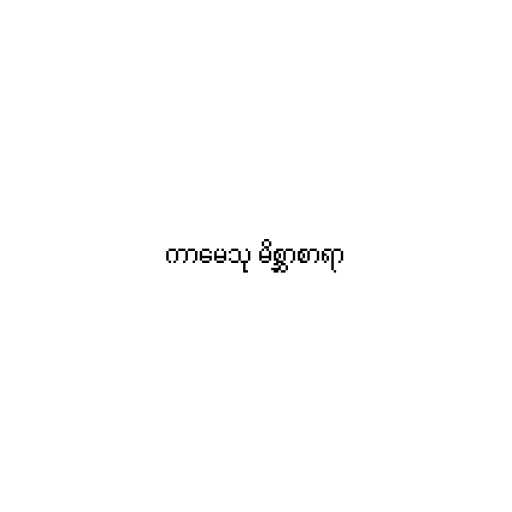
ကာမေသု မိစ္ဆာစာရာ